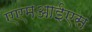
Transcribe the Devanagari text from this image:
एएमआईएस